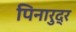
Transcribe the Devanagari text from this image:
पिनारुद्र